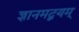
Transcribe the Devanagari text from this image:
ज्ञानमद्वयम्‌